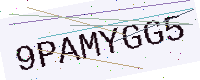
Text: 9PAMYGG5